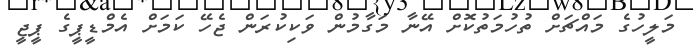
މަލީހުގެ މައްޗަށް ތުހުމަތުކޮށް އޭނާ މަގާމުން ވަކިކުރަން ޖެހޭ ކަމަށް އެމްޑީޕީގެ ޕީޖީ